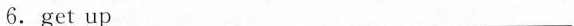
6.get up_________________